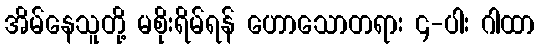
အိမ်နေသူတို့ မစိုးရိမ်ရန် ဟောသောတရား ၄-ပါး ဂါထာ